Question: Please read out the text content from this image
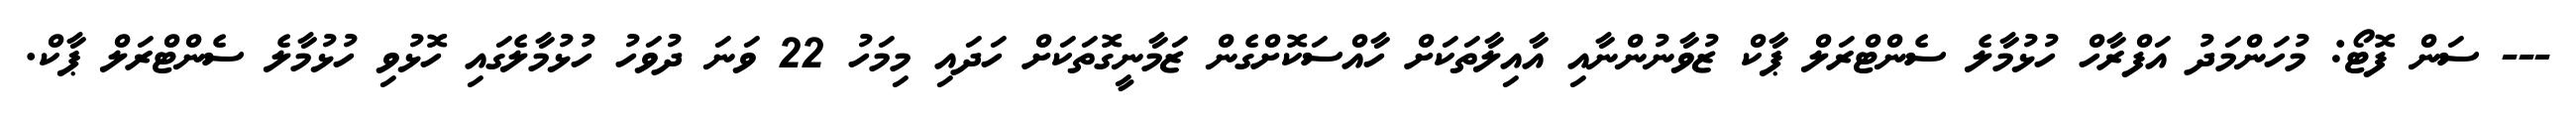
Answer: --- ސަން ފޮޓޯ: މުހަންމަދު އަފްރާހް ހުޅުމާލެ ސެންޓްރަލް ޕާކް ޒުވާނުންނާއި އާއިލާތަކަށް ހާއްސަކޮށްގެން ޒަމާނީގޮތަކަށް ހަދައި މިމަހު 22 ވަނަ ދުވަހު ހުޅުމާލެގައި ހޮޅުވި ހުޅުމާލެ ސެންޓްރަލް ޕާކް.